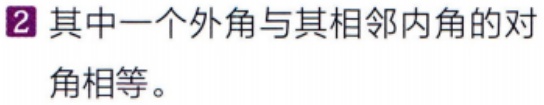
2 其中一个外角与其相邻内角的对角相等。